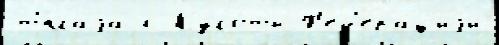
т'́плаjа с Куготы Ф'ед'ера́циjи